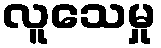
လူသေမှု